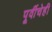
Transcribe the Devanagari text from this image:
पूर्वीचेही